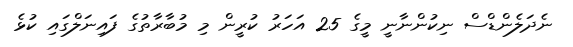
ނެދަލެންޑްސް ނިކުންނާނީ މީގެ 25 އަހަރު ކުރީން މި މުބާރާތުގެ ފައިނަލްގައި ކުޅެ